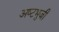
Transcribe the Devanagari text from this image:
अष्‍टभुजी